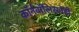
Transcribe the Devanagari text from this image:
कॉर्नवॉलिसनेही